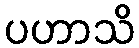
ပဟာသိ